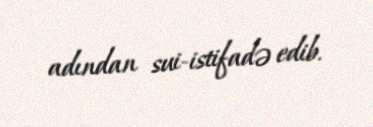
adından sui-istifadə edib.